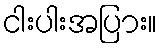
ငါးပါးအပြား။